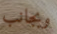
وبجانب